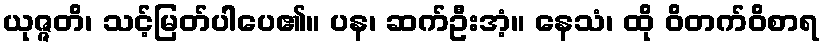
ယုဇ္ဇတိ၊ သင့်မြတ်ပါပေ၏။ ပန၊ ဆက်ဦးအံ့။ နေသံ၊ ထို ဝိတက်ဝိစာရ